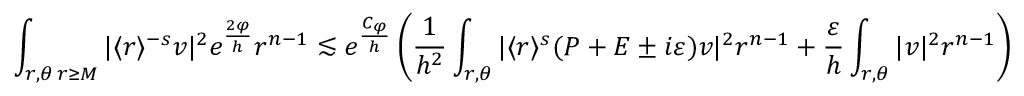
\int _ { \substack { r , \theta \, r \geq M } } | \langle r \rangle ^ { - s } v | ^ { 2 } e ^ { \frac { 2 \varphi } { h } } r ^ { n - 1 } \lesssim e ^ { \frac { C _ { \varphi } } { h } } \left( \frac { 1 } { h ^ { 2 } } \int _ { r , \theta } | \langle r \rangle ^ { s } ( P + E \pm i \varepsilon ) v | ^ { 2 } r ^ { n - 1 } + \frac { \varepsilon } { h } \int _ { r , \theta } | v | ^ { 2 } r ^ { n - 1 } \right)